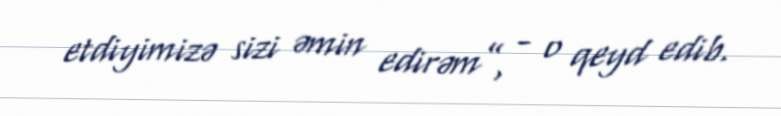
etdiyimizə sizi əmin edirəm”, - o qeyd edib.